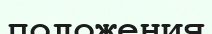
положения